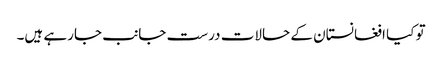
تو کیا افغانستان کے حالات درست جانب جارہے ہیں۔